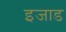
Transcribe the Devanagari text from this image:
इजाड